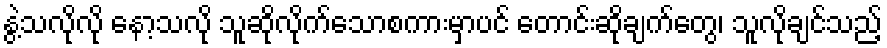
နွဲ့သလိုလို နော့သလို သူဆိုလိုက်သောစကားမှာပင် တောင်းဆိုချက်တွေ၊ သူလိုချင်သည့်